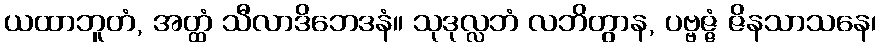
ယထာဘူတံ, အတ္ထံ သီလာဒိဘေဒနံ။ သုဒုလ္လဘံ လဘိတွာန, ပဗ္ဗဇ္ဇံ ဇိနသာသနေ၊